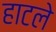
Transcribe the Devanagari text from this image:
हाटले